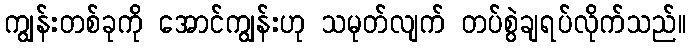
ကျွန်းတစ်ခုကို အောင်ကျွန်းဟု သမုတ်လျက် တပ်စွဲချရပ်လိုက်သည်။